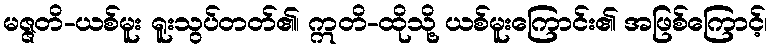
မဇ္ဇတိ-ယစ်မူး ရူးသွပ်တတ်၏၊ ဣတိ-ထိုသို့ ယစ်မူးကြောင်း၏ အဖြစ်ကြောင့်၊